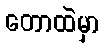
တောထဲမှာ